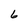
Character: 6